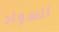
السواد